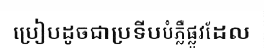
ប្រៀបដូចជាប្រទីបបំភ្លឺផ្លូវដែល